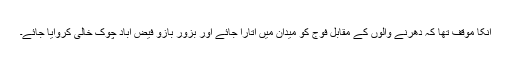
انکا مؤقف تھا کہ دھرنے والوں کے مقابل فوج کو میدان میں اتارا جائے اور بزورِ بازو فیض آباد چوک خالی کروایا جائے۔